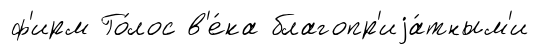
ф'ирм Го́лос в'е́ка благопр'иjа́тным'и